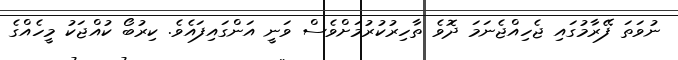
ނުވަތަ ފޭރާމުގައި ޖެހިއްޖެނަމަ ދޮވެ ތާހިރުކުރުމަށްވެސް ވަނީ އަންގައިފައެވެ. ކިރުބޯ ކުއްޖަކު މީހެއްގެ